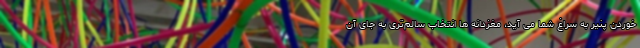
خوردن پنیر به سراغ شما می آید، مغزدانه ها انتخاب سالم‌تری به جای آن